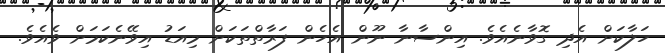
ހަލާކަށް އެދި ގޮވާނެއެވެ. އިންސާނާ ނޫން އެހެން ފަރާތްތަކަށް މިއަޑު އިވޭނެކަމަށް ވެއެވެ.